Report on vaccination for the Province of Oudh 1871 -
Year: 1871
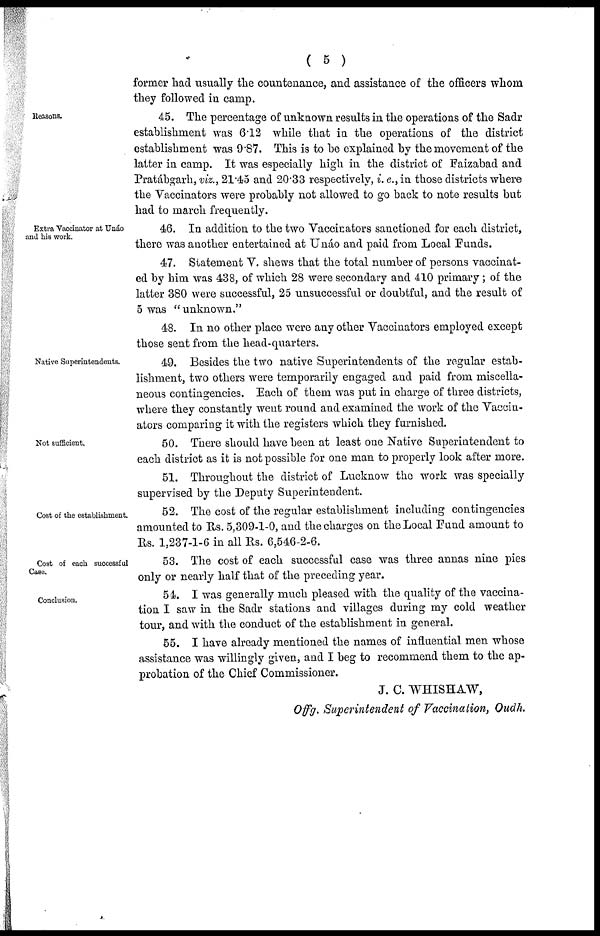
( 5 )
former had usually the countenance, and assistance of the officers whom
they followed in camp.
Reasons.
45. The percentage of unknown results in the operations of the Sadr
establishment was 6.12 while that in the operations of the district
establishment was 9.87. This is to be explained by the movement of the
latter in camp. It was especially high in the district of Faizabad and
Pratábgarh, viz., 21.45 and 20.33 respectively, i. e., in those districts where
the Vaccinators were probably not allowed to go back to note results but
had to march frequently.
Extra Vaccinator at Unáo
and his work.
46. In addition to the two Vaccinators sanctioned for each district,
there was another entertained at Unáo and paid from Local Funds.
47. Statement V. shews that the total number of persons vaccinat-
ed by him was 438, of which 28 were secondary and 410 primary ; of the
latter 380 were successful, 25 unsuccessful or doubtful, and the result of
5 was "unknown."
48. In no other place were any other Vaccinators employed except
those sent from the head-quarters.
Native Superintendents.
49. Besides the two native Superintendents of the regular estab-
lishment, two others were temporarily engaged and paid from miscella-
neous contingencies. Each of them was put in charge of three districts,
where they constantly went round and examined the work of the Vaccin-
atcrs comparing it with the registers which they furnished.
Not sufficient.
50. There should have been at least one Native Superintendent to
each district as it is not possible for one man to properly look after more.
51. Throughout the district of Lucknow the work was specially
supervised by the Deputy Superintendent.
Cost of the establishment.
52. The cost of the regular establishment including contingencies
amounted to Rs. 5,309-1-0, and the charges on the Local Fund amount to
Rs. 1,237-1-6 in all Rs. 6,546-2-6.
Cost of each successful
Case.
53. The cost of each successful case was three annas nine pies
only or nearly half that of the preceding year.
Conclusion.
54. I was generally much pleased with the quality of the vaccina-
tion I saw in the Sadr stations and villages during my cold weather
tour, and with the conduct of the establishment in general.
55. I have already mentioned the names of influential men whose
assistance was willingly given, and I beg to recommend them to the ap-
probation of the Chief Commissioner.
J. C. WHISHAW,
Offg. Superintendent of Vaccination, Oudh.